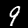
Digit: 9